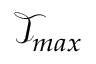
\mathcal { T } _ { m a x }